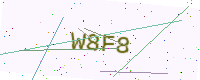
Text: W8F8